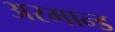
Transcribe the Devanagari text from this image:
अरमान्ड